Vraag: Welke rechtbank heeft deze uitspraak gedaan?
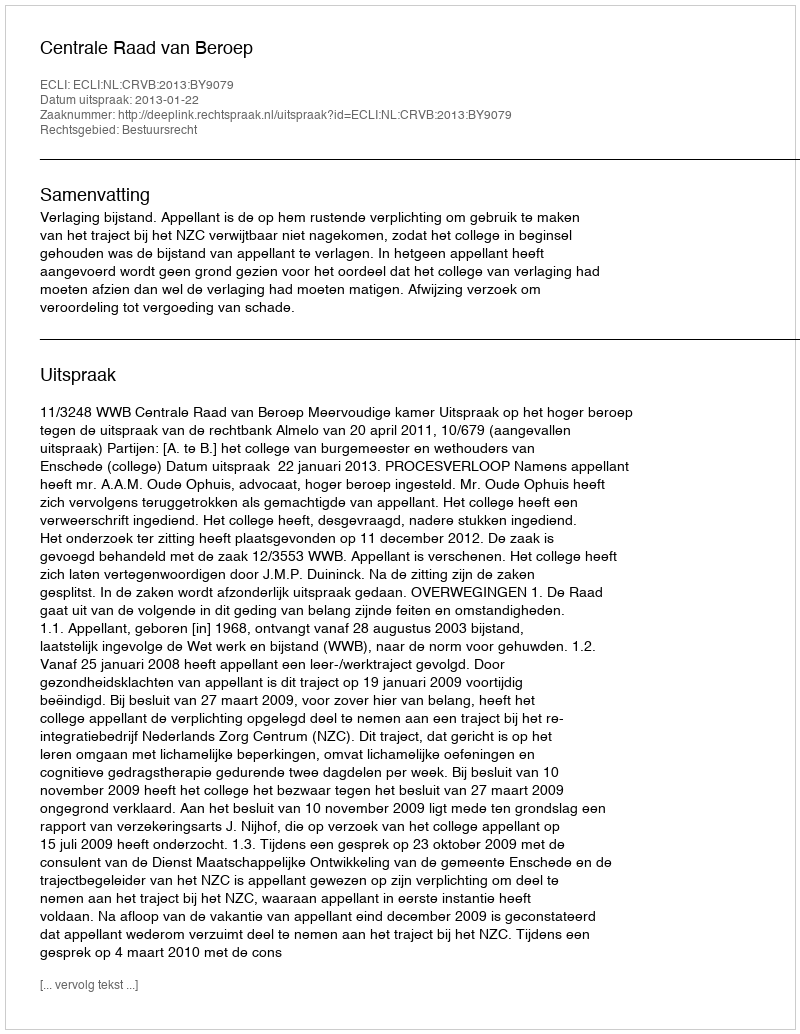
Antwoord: Centrale Raad van Beroep